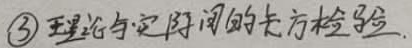
\textcircled{3}理论与实际间的卡方检验.